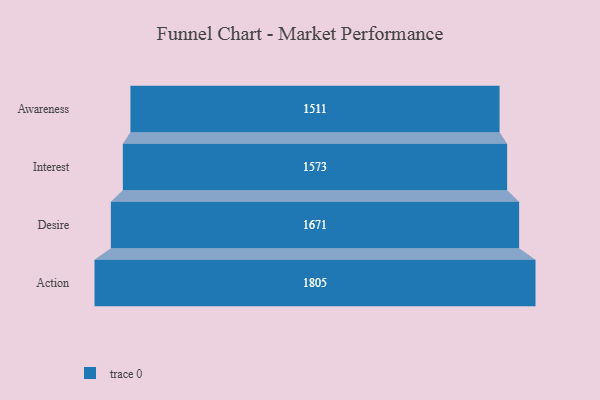
{"axis": {"x": "Stage", "y": "Value"}, "legend": [""], "data": [{"x": "Awareness", "y": 1511.0, "type": ""}, {"x": "Interest", "y": 1573.0, "type": ""}, {"x": "Desire", "y": 1671.0, "type": ""}, {"x": "Action", "y": 1805.0, "type": ""}]}